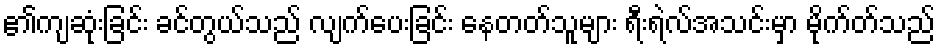
၏ကျဆုံးခြင်း ခင်တွယ်သည် လျက်ပေးခြင်း နေတတ်သူများ ရီးရဲလ်အသင်းမှာ မိုက်တ်သည်